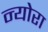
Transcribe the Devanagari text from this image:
न्योरा